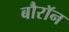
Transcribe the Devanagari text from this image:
बौरॉन